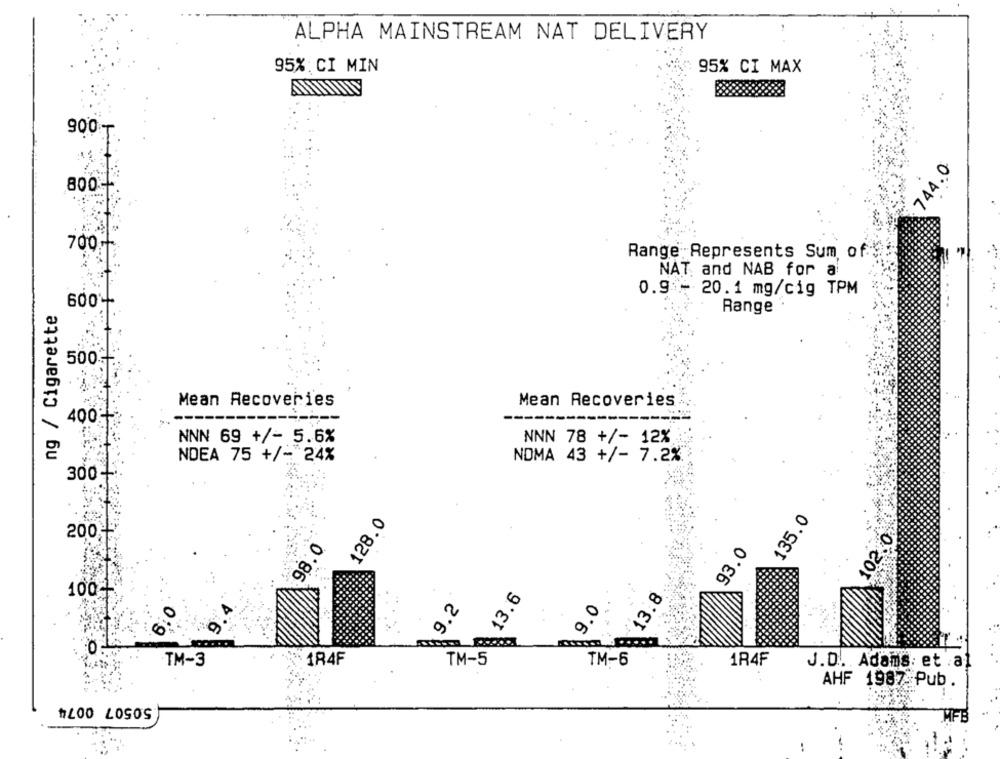
ALPHA MAINSTREAM NAT DELIVERY
95%: CI MIN
95% CI MAX
900
744.0
800-
700++
Range Represents Sum of$
NAT and NAB for a
0.9 - 20.1 mg/cig TPM
ng / Cigarette
600+
Range
500
Mean Recoveries
Mean Recoveries
400-
NNN 69 +/- 5.6%
NNN 78 +/- 12%
NDEA 75 +/ -* 24%
NOMA 43 +/- 7.2%
300-
135.0
128.0
102.0
200
98.0
93.0
. .
100-1
13.6
9.2
13.8
9.º
: 1R4F
TM-5
TM-6
1R4F
TM-3
J.D. Adams: et .al
AHF 1987 Pub.
50507 0074